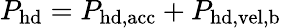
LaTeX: P_{\mathrm{hd}}=P_{\mathrm{hd,acc}}+P_{\mathrm{hd,vel,b}}